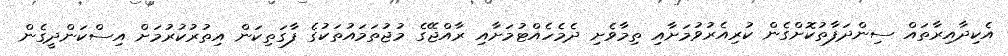
އެކިދާއިރާތައް ސިންދަފާތުކޮށްގެން ކުރިއެރުވުމަށާއި ތިމާވެށި ދެމެހެއްޓުމަށާއި ރާއްޖޭގެ މުޖުތަމައުތަކުގެ ފާގަތިކަން އިތުރުކުރުމަށް އިސްކަންދީގެން